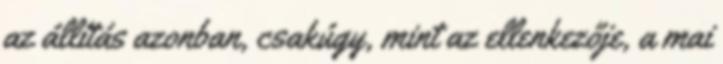
az állítás azonban, csakúgy, mint az ellenkezője, a mai